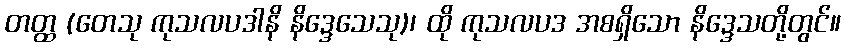
တတ္ထ (တေသု ကုသလပဒါနိ နိဒ္ဒေသေသု)၊ ထို ကုသလပဒ အစရှိသော နိဒ္ဒေသတို့တွင်။